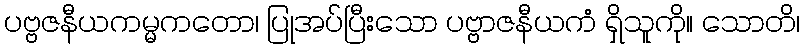
ပဗ္ဗဇနီယကမ္မကတော၊ ပြုအပ်ပြီးသော ပဗ္ဗာဇနီယကံ ရှိသူကို။ သောတိ၊